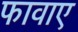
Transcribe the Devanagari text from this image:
फावाए